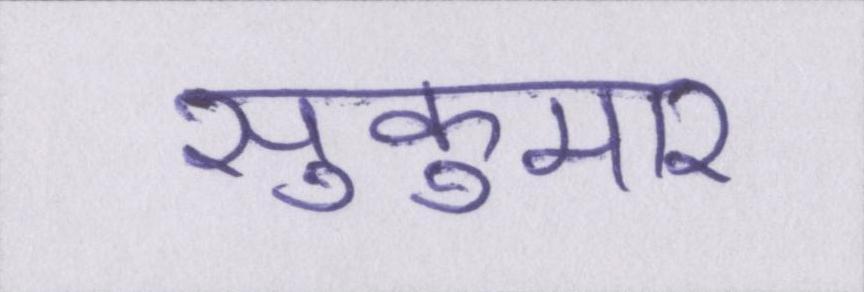
सुकुमार